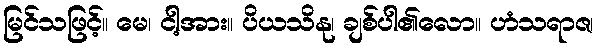
မြင်သဖြင့်။ မေ၊ ငါ့အား။ ပိယသိနု၊ ချစ်ပါ၏လော။ ဟံသရာဇ၊